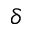
\delta